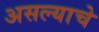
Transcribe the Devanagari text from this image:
असल्‍याचे